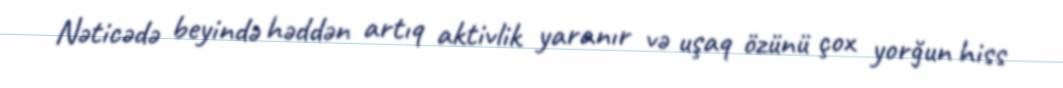
Nəticədə beyində həddən artıq aktivlik yaranır və uşaq özünü çox yorğun hiss